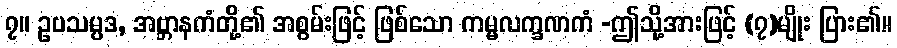
၇။ ဥပသမ္ပဒ, အဗ္ဘာနကံတို့၏ အစွမ်းဖြင့် ဖြစ်သော ကမ္မလက္ခဏကံ -ဤသို့အားဖြင့် (၇)မျိုး ပြား၏။